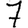
Digit: 7